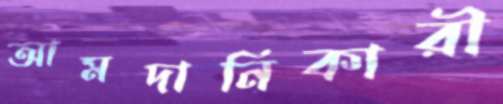
আমদানিকারী